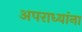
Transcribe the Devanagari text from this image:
अपराध्यांना